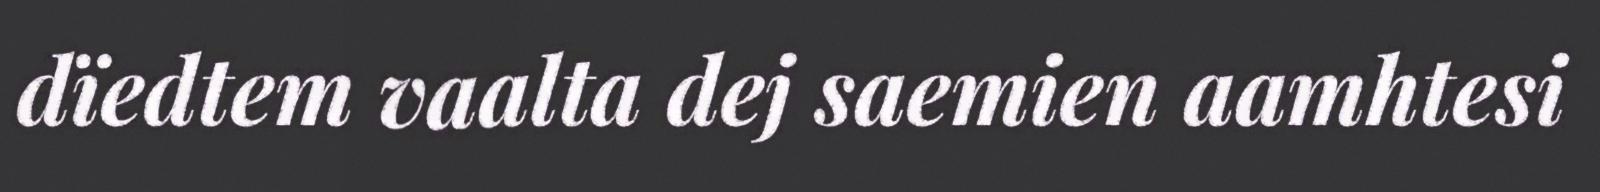
dïedtem vaalta dej saemien aamhtesi